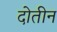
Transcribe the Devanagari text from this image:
दोतीन